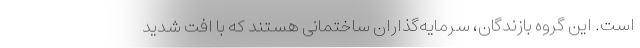
است. این گروه بازندگان، سرمایه‌گذاران ساختمانی هستند که با افت شدید